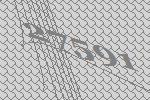
27591